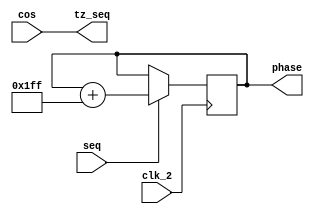
module dpsk_tz(
     input clk_2,
     input signed [7:0]cos, //tiaozhihoudejibo
	  input seq,
	  output reg [7:0]tz_seq,
	  output  reg [9:0] phase
);

initial phase=0;
always@(negedge clk_2)
     begin
     if(seq==1)
	    phase<=phase+10'b0111111111;	 
end	 

always@(*)
     begin
       tz_seq<=cos;
end


endmodule